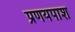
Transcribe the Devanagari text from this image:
प्रणयपाश